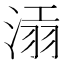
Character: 𣸝